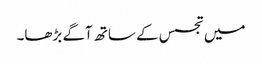
میں تجسس کے ساتھ آگے بڑھا۔